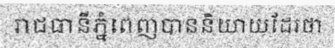
រាជធានីភ្នំពេញបាននិយាយដែរថា